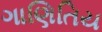
ગાણિતિય